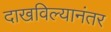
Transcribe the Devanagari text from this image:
दाखविल्यानंतर